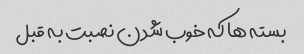
بسته ها که خوب شدن نصبت به قبل